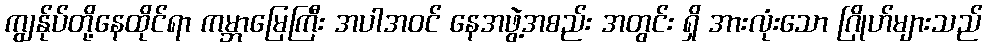
ကျွန်ုပ်တို့နေထိုင်ရာ ကမ္ဘာမြေကြီး အပါအဝင် နေအဖွဲ့အစည်း အတွင်း ရှိ အားလုံးသော ဂြိုဟ်များသည်